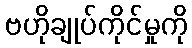
ဗဟိုချုပ်ကိုင်မှုကို